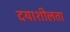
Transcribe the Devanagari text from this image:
दयाशीलता